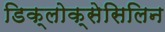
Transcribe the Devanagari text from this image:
डिक्लोक्सेसिलिन